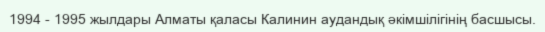
1994 - 1995 жылдары Алматы қаласы Калинин аудандық әкімшілігінің басшысы.